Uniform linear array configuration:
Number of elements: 24
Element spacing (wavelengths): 1
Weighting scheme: cosine
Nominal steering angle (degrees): -15
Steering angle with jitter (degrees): -14.104
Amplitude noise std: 0.05
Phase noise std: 0.05

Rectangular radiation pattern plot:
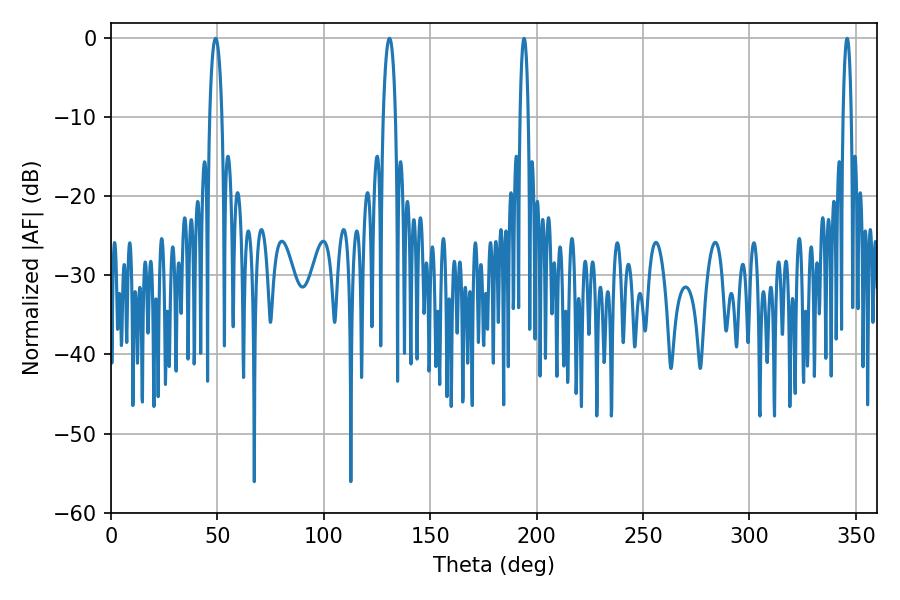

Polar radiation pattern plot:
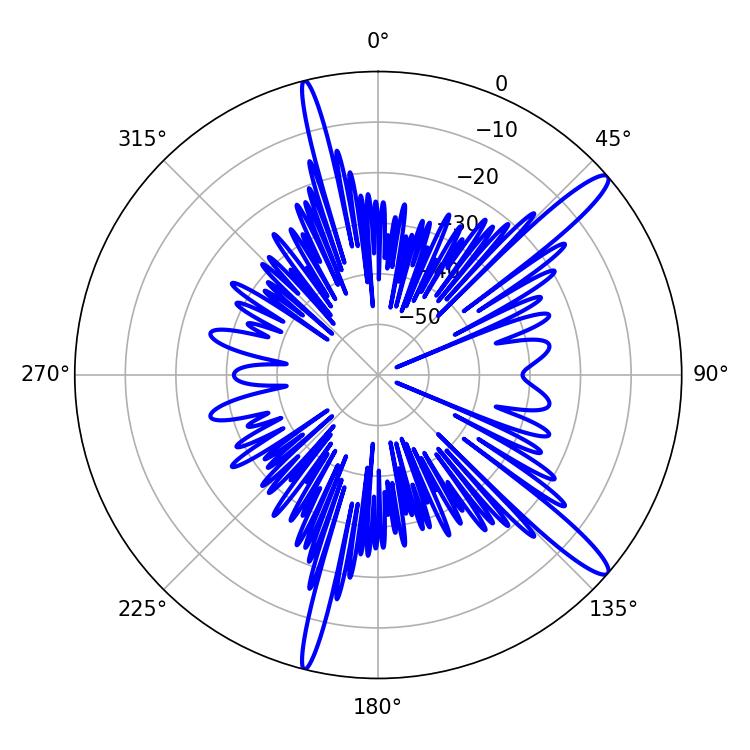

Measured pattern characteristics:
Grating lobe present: TRUE
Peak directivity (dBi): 14.201
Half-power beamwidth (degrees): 3.24
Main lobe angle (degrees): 49.14